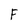
Character: F